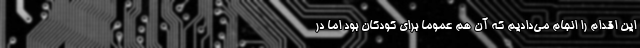
این اقدام را انجام می‌دادیم که آن هم عموما برای کودکان بود اما در